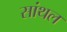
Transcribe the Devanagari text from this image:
सांथल